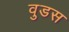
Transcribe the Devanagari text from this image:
वुडस